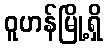
ဝူဟန်မြို့ရှိ